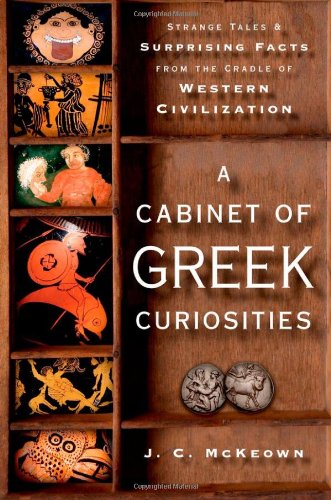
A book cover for A Cabinet of Greek Curiosities: Strange Tales and Surprising Facts from the Cradle of Western Civilization; J. C. McKeown; Humor & Entertainment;